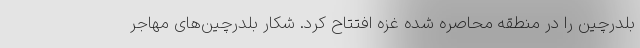
بلدرچین را در منطقه محاصره شده غزه افتتاح کرد. شکار بلدرچین‌های مهاجر